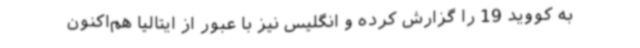
به کووید 19 را گزارش کرده‌ و انگلیس نیز با عبور از ایتالیا هم‌اکنون